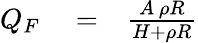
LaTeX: \begin{array}{rlr}{Q_{F}}&{{}=}&{\frac{A\, \rho R}{H+\rho R}}\end{array}